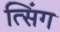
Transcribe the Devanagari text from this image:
त्सिंग